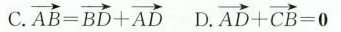
C.$$\overrightarrow { A B } = \overrightarrow { B D } + \overrightarrow { A D }$$ D.$$\overrightarrow { A D } + \overrightarrow { C B } = 0$$